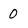
Character: 0